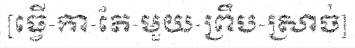
[ធ្វើ-កា-តែ-មួយ-ព្រឹប-ស្រាច់]